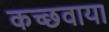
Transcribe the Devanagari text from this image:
कच्छवाया